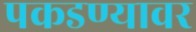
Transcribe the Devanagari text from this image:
पकडण्यावर